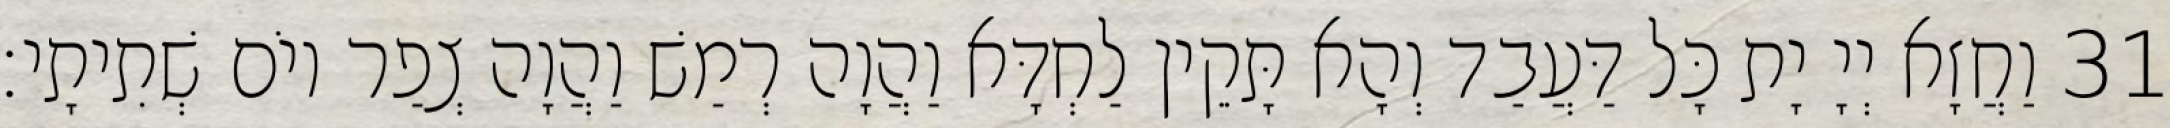
31 וַחֲזָא יְיָ יָת כָּל דַּעֲבַד וְהָא תָּקֵין לַחְדָּא וַהֲוָה רְמַשׁ וַהֲוָה צְפַר יוֹם שְׁתִיתָי׃